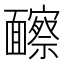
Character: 𩉐